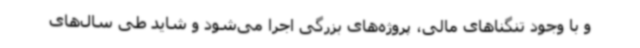
و با وجود تنگناهای مالی، پروژه‌های بزرگی اجرا می‌شود و شاید طی سال‌های